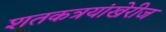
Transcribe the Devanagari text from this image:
शतकत्रयांखेरीज